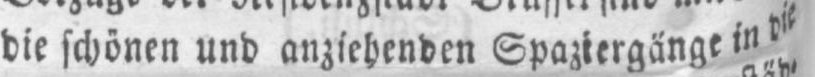
die schönen und anziehenden Spaziergänge in die